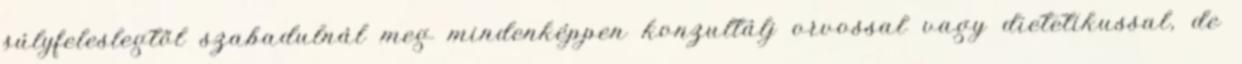
súlyfeleslegtől szabadulnál meg mindenképpen konzultálj orvossal vagy dietetikussal, de